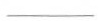
___